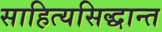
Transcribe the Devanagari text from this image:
साहित्यसिद्धान्त